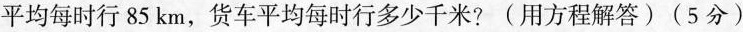
平均每时行 85 km，货车平均每时行多少千米?(用方程解答) (5分)